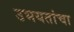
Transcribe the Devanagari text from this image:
उभयतांचा